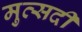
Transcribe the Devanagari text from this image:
मुत्सदी